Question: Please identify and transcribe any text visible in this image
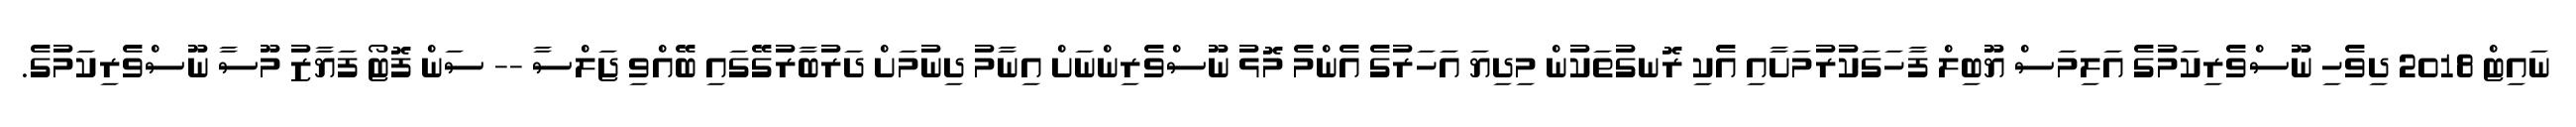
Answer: ނައިޓް 2018 ދިވެހި ނޫސްވެރިކަމުގެ އަލިމަސް ޔޫބިލް ފާހަގަކުރުމަށާއި އެކި ރޮނގުތަކުން މިދިޔަ އަހަރުގެ އެންމެ މޮޅު ނޫސްވެރިންނަށް އިނާމު ދިނުމަށް ދަރުބާރުގޭގައި ބޭއްވި ޖަލްސާ -- ސަން ފޮޓޯ ފަޔާޒު މޫސާ ނޫސްވެރިކަމުގެ.